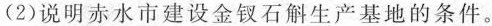
(2)说明赤水市建设金钗石斛生产基地的条件。